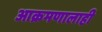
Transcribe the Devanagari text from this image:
आक्रमणालाही